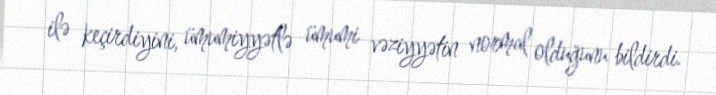
ilə keçirdiyini, ümumiyyətlə ümumi vəziyyətin normal olduğunu bildirdi.